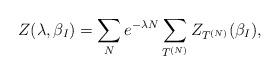
LaTeX: \begin{align*}Z(\lambda,\beta_I )=\sum_N e^{-\lambda N} \sum_{T^{(N)}} Z_{T^{(N)}}(\beta_I ),\end{align*}